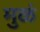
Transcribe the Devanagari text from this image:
मुळं